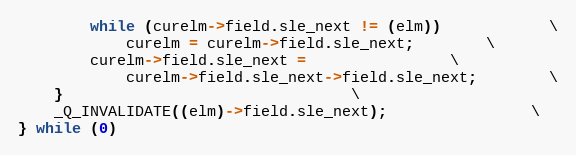
Language: C
		while (curelm->field.sle_next != (elm))			\
			curelm = curelm->field.sle_next;		\
		curelm->field.sle_next =				\
		    curelm->field.sle_next->field.sle_next;		\
	}								\
	_Q_INVALIDATE((elm)->field.sle_next);				\
} while (0)